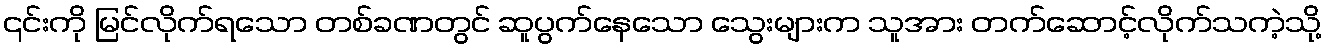
၎င်းကို မြင်လိုက်ရသော တစ်ခဏတွင် ဆူပွက်နေသော သွေးများက သူအား တက်ဆောင့်လိုက်သကဲ့သို့